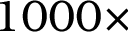
1 0 0 0 \times